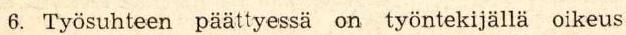
 6. Työsuhteen päättyessä on työntekijällä oikeus